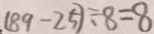
( 8 9 - 2 5 ) \div 8 = 8